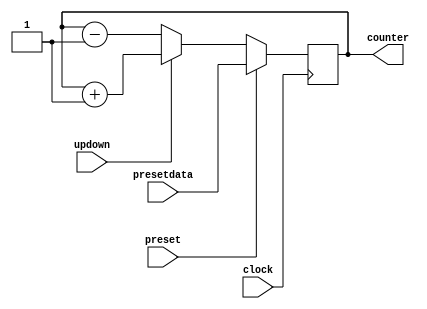
module f9_MyCounter (clock, preset, updown, presetdata, counter);
input clock, preset, updown;
input [1: 0] presetdata;
output reg [1:0] counter;
always @(posedge clock)
    if(preset)
	    counter <= presetdata;
	else
	    if(updown)
		    counter <= counter + 1;
		else
		    counter <= counter - 1;
endmodule